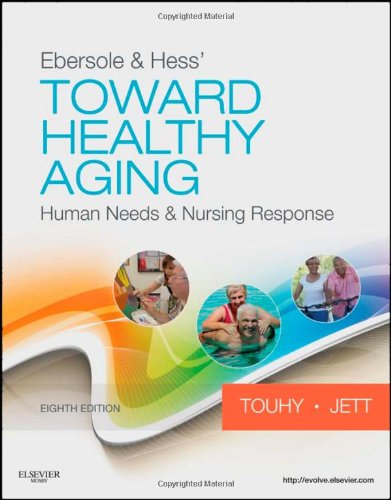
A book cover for Ebersole & Hess' Toward Healthy Aging: Human Needs and Nursing Response, 8e (TOWARD HEALTHY AGING (EBERSOLE)); Theris A. Touhy DNP  CNS  DPNAP; Medical Books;